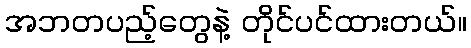
အဘတပည့်တွေနဲ့ တိုင်ပင်ထားတယ်။